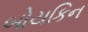
બોયકિન